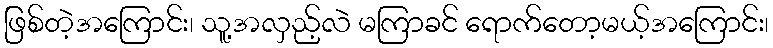
ဖြစ်တဲ့အကြောင်း၊ သူ့အလှည့်လဲ မကြာခင် ရောက်တော့မယ့်အကြောင်း၊